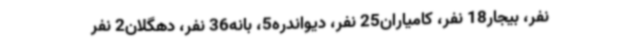
نفر، بیجار18 نفر، کامیاران25 نفر، دیواندره5، بانه36 نفر، دهگلان2 نفر